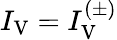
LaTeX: I_{\mathrm{V}}=I_{\mathrm{V}}^{(\pm)}